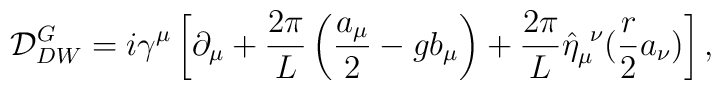
{\cal D}^G_{DW}=i \gamma^\mu\left [\partial_\mu+\frac{2\pi}{L}\left(\frac{a_\mu}{2}- g b_\mu \right )+\frac{2\pi}{L}\hat \eta_{\mu}^{~\nu}(\frac{r}{2}a_\nu)\right ],